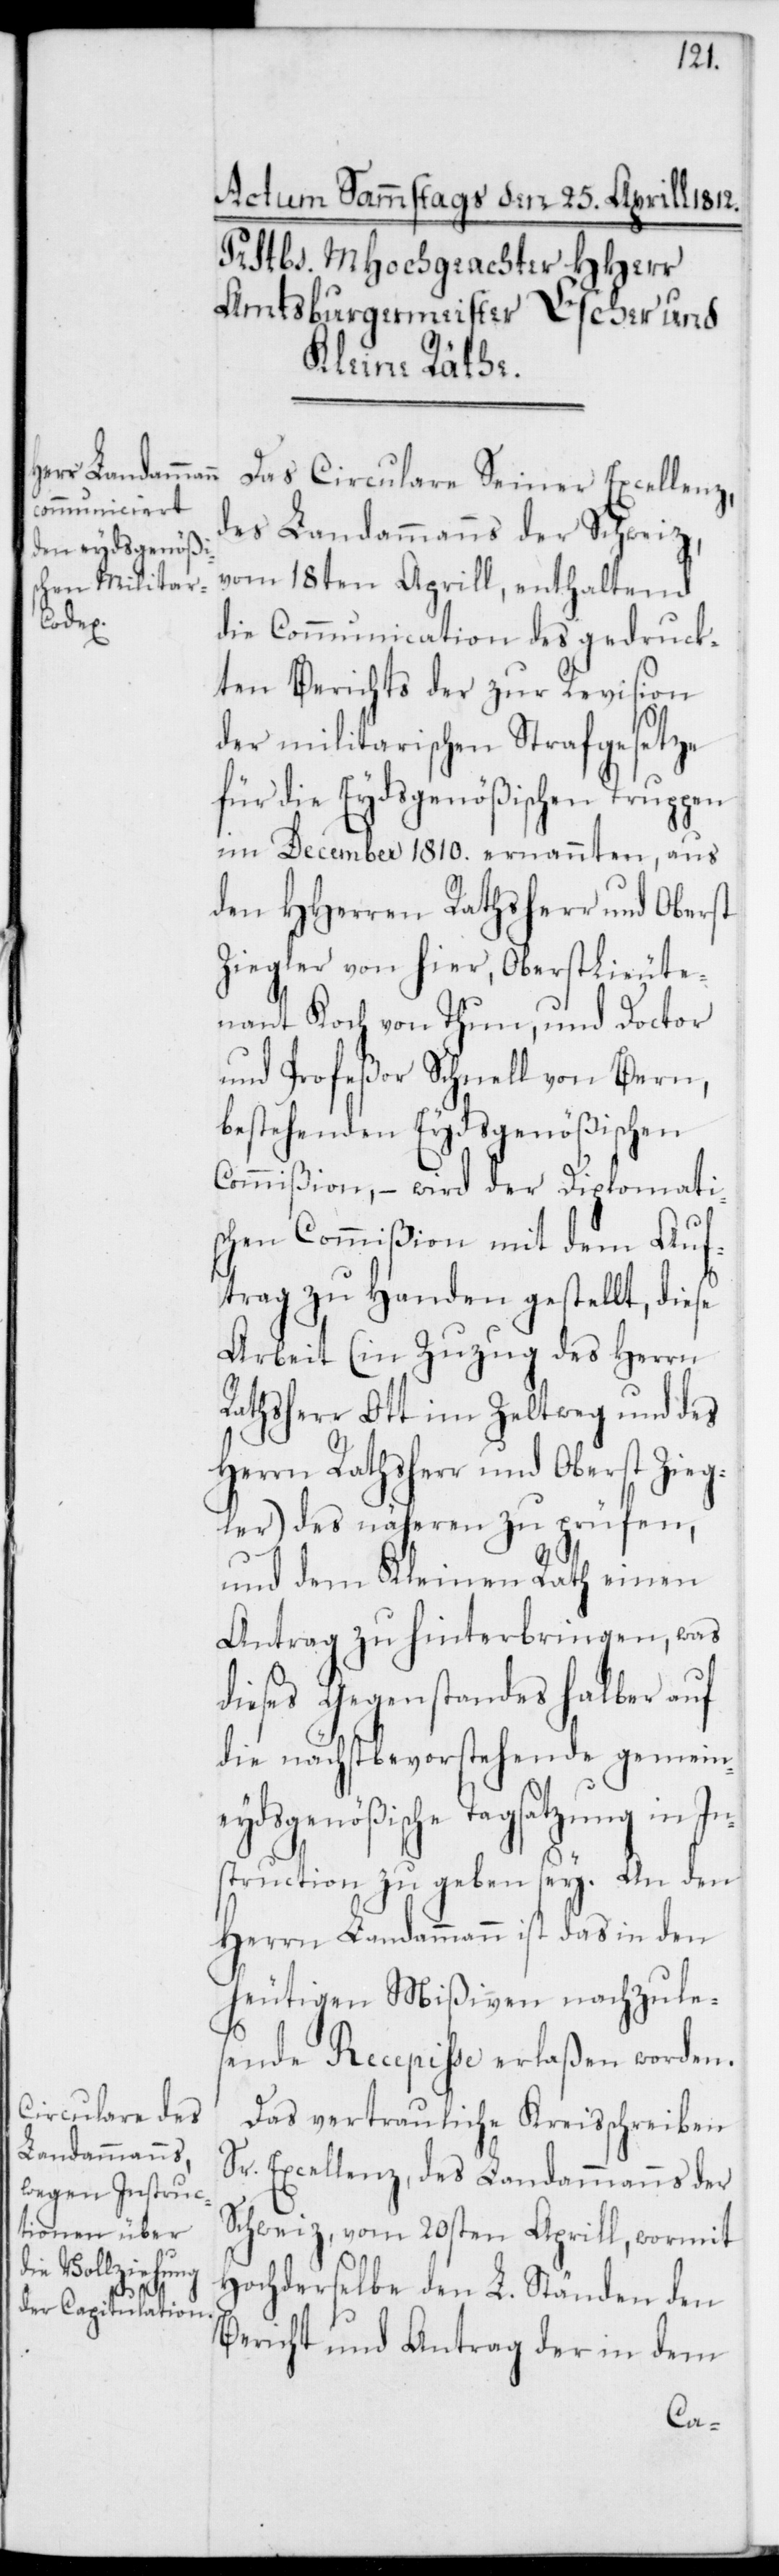
Das Circulare Seiner Excellenz,
des Landammanns der Schweiz,
vom 18ten Aprill, enthaltend
die Communication des gedruck¬
ten Berichts der zur Revision
der militarischen Strafgesetze
für die Eydsgenößischen Truppen
im December 1810. ernannten, aus
den HHerren Ratsherr und Oberst
Ziegler von hier, Oberstlieute¬
nant Koch von Thun, und Doctor
und Profeßor Schnell von Bern,
bestehenden Eydsgenößischen
Commißion, – wird der Diplomati¬
schen Commißion mit dem Auf¬
trag zu Handen gestellt, diese
Arbeit (in Zuzug des Herrn
Rathsherr Ott im Zeltweg und des
Herrn Rathsherr und Oberst Zieg¬
ler) des näheren zu prüfen,
und dem Kleinen Rath einen
Antrag zu hinterbringen, was
dieses Gegenstandes halber auf
die nächstbevorstehende gemein¬
eydsgenößische Tagsatzung in In¬
struction zu geben sey. An den
Herrn Landammann ist das in den
heutigen Mißiven nachzule¬
sende Recepisse erlaßen worden.
Das vertrauliche Kreisschreiben
Sr. Excellenz, des Landammanns der
Schweiz, vom 20sten Aprill, wormit
Hochderselbe den L. Ständen den
Bericht und Antrag der in dem